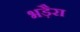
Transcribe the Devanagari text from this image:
भड़ैरा